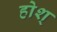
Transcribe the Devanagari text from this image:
होश्